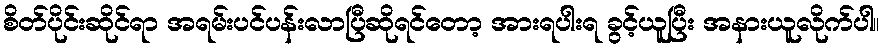
စိတ်ပိုင်းဆိုင်ရာ အရမ်းပင်ပန်းလာပြီဆိုရင်တော့ အားရပါးရ ခွင့်ယူပြီး အနားယူလိုက်ပါ။